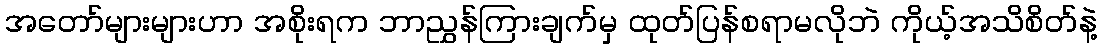
အတော်များများဟာ အစိုးရက ဘာညွှန်ကြားချက်မှ ထုတ်ပြန်စရာမလိုဘဲ ကိုယ့်အသိစိတ်နဲ့